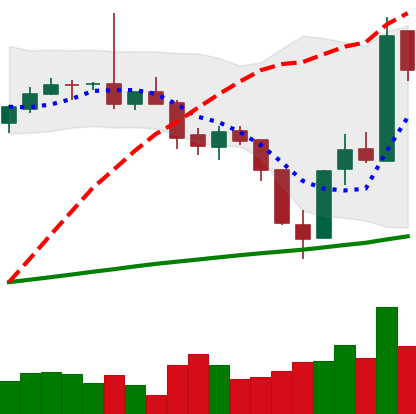
Ticker: BTC-USD
Chart end date: 2017-07-21
Forward return: -5.185%
Label: down_5_7